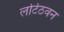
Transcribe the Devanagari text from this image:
लटिठवन